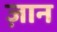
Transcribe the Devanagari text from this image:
ज़ान